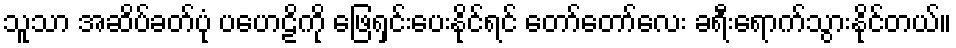
သူသာ အဆိပ်ခတ်ပုံ ပဟေဠိကို ဖြေရှင်းပေးနိုင်ရင် တော်တော်လေး ခရီးရောက်သွားနိုင်တယ်။